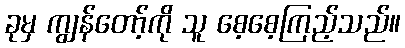
ခုမှ ကျွန်တော့်ကို သူ စေ့စေ့ကြည့်သည်။